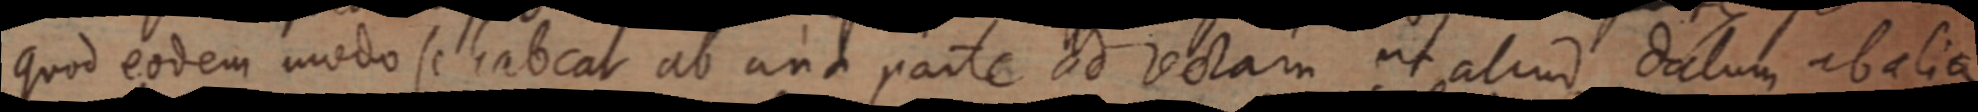
quod eodem modo se habeat ab una parte ad rectam ut aliud datum abalia